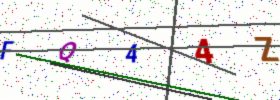
Text: FQ44Z